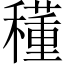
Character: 𥣑